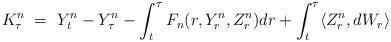
LaTeX: \begin{align*}K_\tau^n \ = \ Y_t^n - Y_\tau^n - \int_t^\tau F_n(r,Y_r^n,Z_r^n) dr + \int_t^\tau \langle Z_r^n,dW_r\rangle\end{align*}